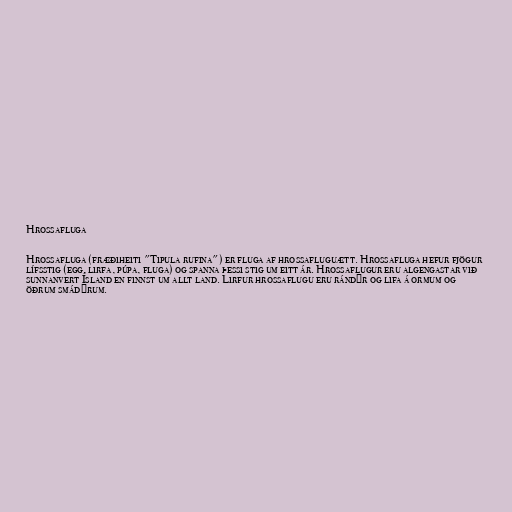
Hrossafluga

Hrossafluga (fræðiheiti "Tipula rufina") er fluga af hrossafluguætt. Hrossafluga hefur fjögur
lífsstig (egg, lirfa, púpa, fluga) og spanna þessi stig um eitt ár. Hrossaflugur eru algengastar við
sunnanvert Ísland en finnst um allt land. Lirfur hrossaflugu eru rándýr og lifa á ormum og
öðrum smádýrum.